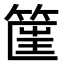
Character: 𥮟